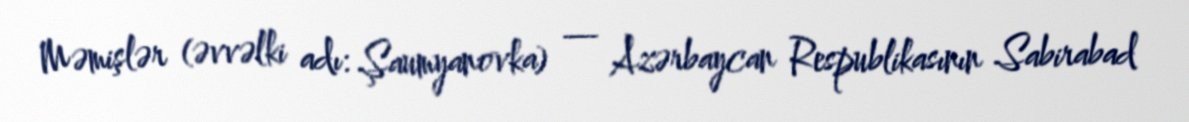
Məmişlər (əvvəlki adı: Şaumyanovka) — Azərbaycan Respublikasının Sabirabad